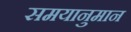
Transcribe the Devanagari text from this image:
समयानुमान